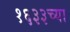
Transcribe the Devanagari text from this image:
१६३३च्या